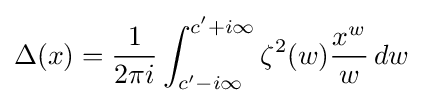
\Delta (x)={\frac {1}{2\pi i}}\int _{c^{\prime }-i\infty }^{c^{\prime }+i\infty }\zeta ^{2}(w){\frac {x^{w}}{w}}\,dw